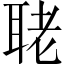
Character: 𦕳